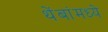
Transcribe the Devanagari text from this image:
थेंबांमध्ये